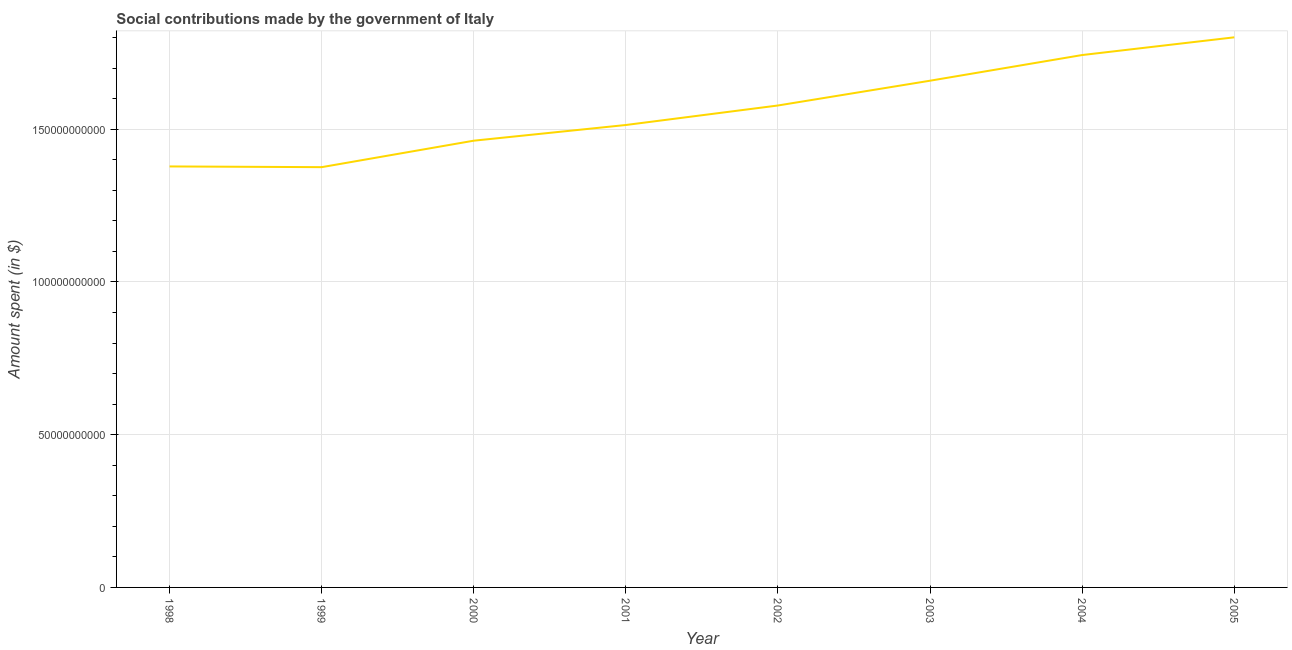
| Year | Social contributions |
 | --- | --- |
 | 1998 | 1.38e+11 |
 | 1999 | 1.38e+11 |
 | 2000 | 1.46e+11 |
 | 2001 | 1.51e+11 |
 | 2002 | 1.58e+11 |
 | 2003 | 1.66e+11 |
 | 2004 | 1.74e+11 |
 | 2005 | 1.8e+11 |